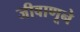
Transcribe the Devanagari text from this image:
जीवाणूने